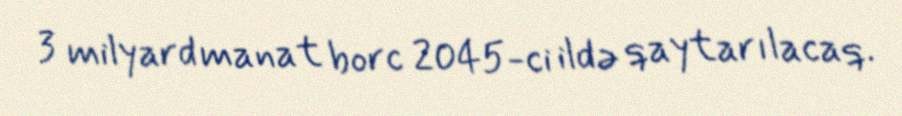
3 milyard manat borc 2045-ci ildə qaytarılacaq.